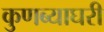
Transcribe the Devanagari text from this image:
कुणब्याघरी